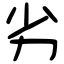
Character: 劣